Indian journal of veterinary science and animal husbandry - Volumes 15-17, 1948-1951
Year: 1948
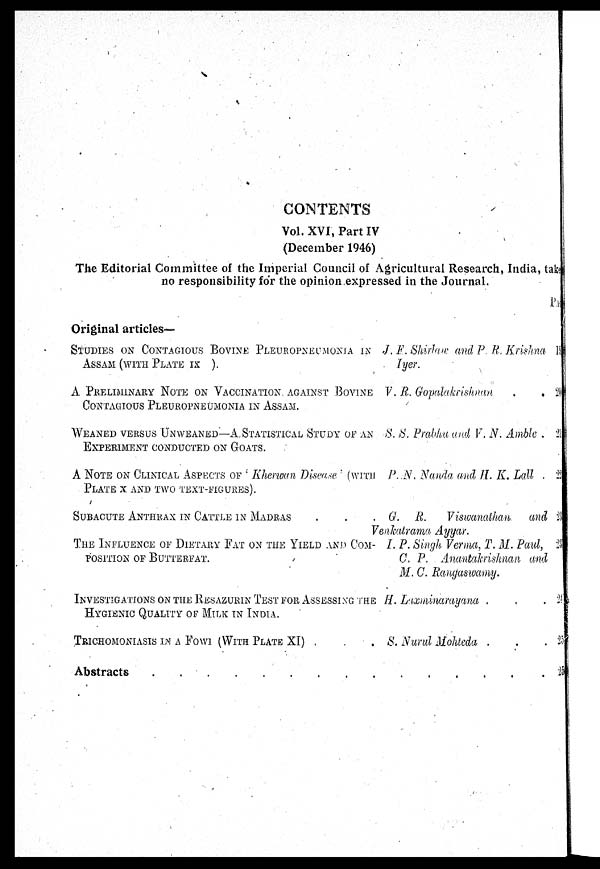
CONTENTS
Vol. XVI, Part IV
(December 1946)
The Editorial Committee of the Imperial Council of Agricultural Research, India, take
no responsibility for the opinion expressed in the Journal,
Original articles—
STUDIES ON CONTAGIOUS BOVINE PLEUROPNEUMONIA IN
ASSAM (WITH PLATE IX ).
A PRELIMINARY NOTE ON VACCINATION AGAINST BOVINE
CONTAGIOUS PLEUROPNEUMONIA IN ASSAM.
WEANED VERSUS UNWEANED—A STATISTICAL STUDY OF AN
EXPERIMENT CONDUCTED ON GOATS.
A NOTE ON C L I N I C A L A S P E C T S OF ' K h e r w a n Disease' (WITH
PLATE X AND TWO TEXT-FIGURES).
SUBACUTE ANTHRAX IN CATTLE IN MADRAS . . .
THE INFLUENCE OF DIETARY FAT ON THE YIELD AND COM-
POSITION OF BUTTERFAT.
INVESTIGATIONS ON THE RESAZURIN TEST FOR ASSESSING THE
HYGIENIC QUALITY OF MILK IN INDIA.
TRICHOMONIASIS IN A FOWI (WITH PLATE XI) .
.
J. F. Shirlare and P. R. Krishna
Iyer.
V. R. Gopalakrisknan .
.
S. S. Prabhu and V. N. Amble .
P. N. Nanda and H. K. Lall .
G. R.
Viswanathan and
Venkatrama Ayyar.
I. P. Singh Verma, T. M. Paul,
C. P. Anantakrishnan and
M. C. Rangaswamy.
H. Laxminarayana . . .
S. Nurul Mohteda . . .
Abstracts . . . . . . . . . . . . . . . .
PAGE
19
20
21
22
23
23
24
25
25